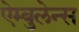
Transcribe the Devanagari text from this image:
ऐम्बुलेन्स